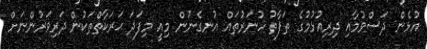
އުޅެން ދަސްވުމާއި ދިރިއުޅުމުގެ ތަފާތު ހުނަރުތައް އުނގެނުން މިއީ މިފަދަ ޙަރަކާތްތަކުން ދަރިވަރުންނަށް